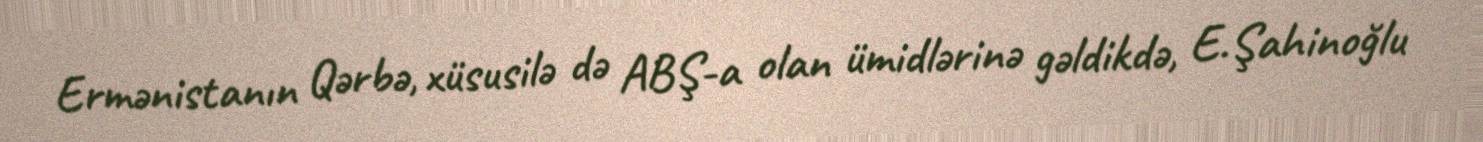
Ermənistanın Qərbə, xüsusilə də ABŞ-a olan ümidlərinə gəldikdə, E.Şahinoğlu